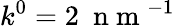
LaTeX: k^{0}=2~\mathrm{~n~m~}^{-1}